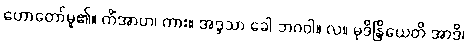
ဟောတော်မူ၏။ ကိံအာဟ၊ ကား။ အဒ္ဒသာ ခေါ ဘဂဝါ။ လ။ မုဒိန္ဒြိယေတိ အာဒိ၊